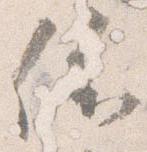
依